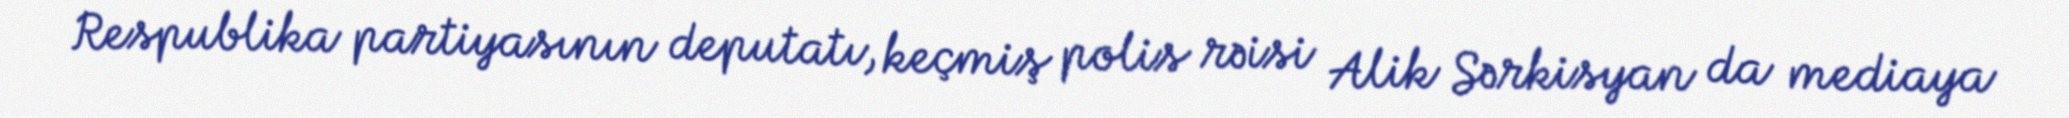
Respublika partiyasının deputatı, keçmiş polis rəisi Alik Sərkisyan da mediaya